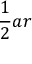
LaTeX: { \frac { 1 } { 2 } } a r